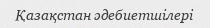
Қазақстан әдебиетшілері